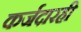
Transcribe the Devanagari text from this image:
कर्जदारही